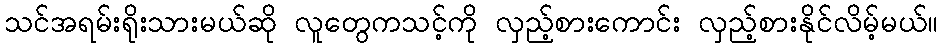
သင်အရမ်းရိုးသားမယ်ဆို လူတွေကသင့်ကို လှည့်စားကောင်း လှည့်စားနိုင်လိမ့်မယ်။